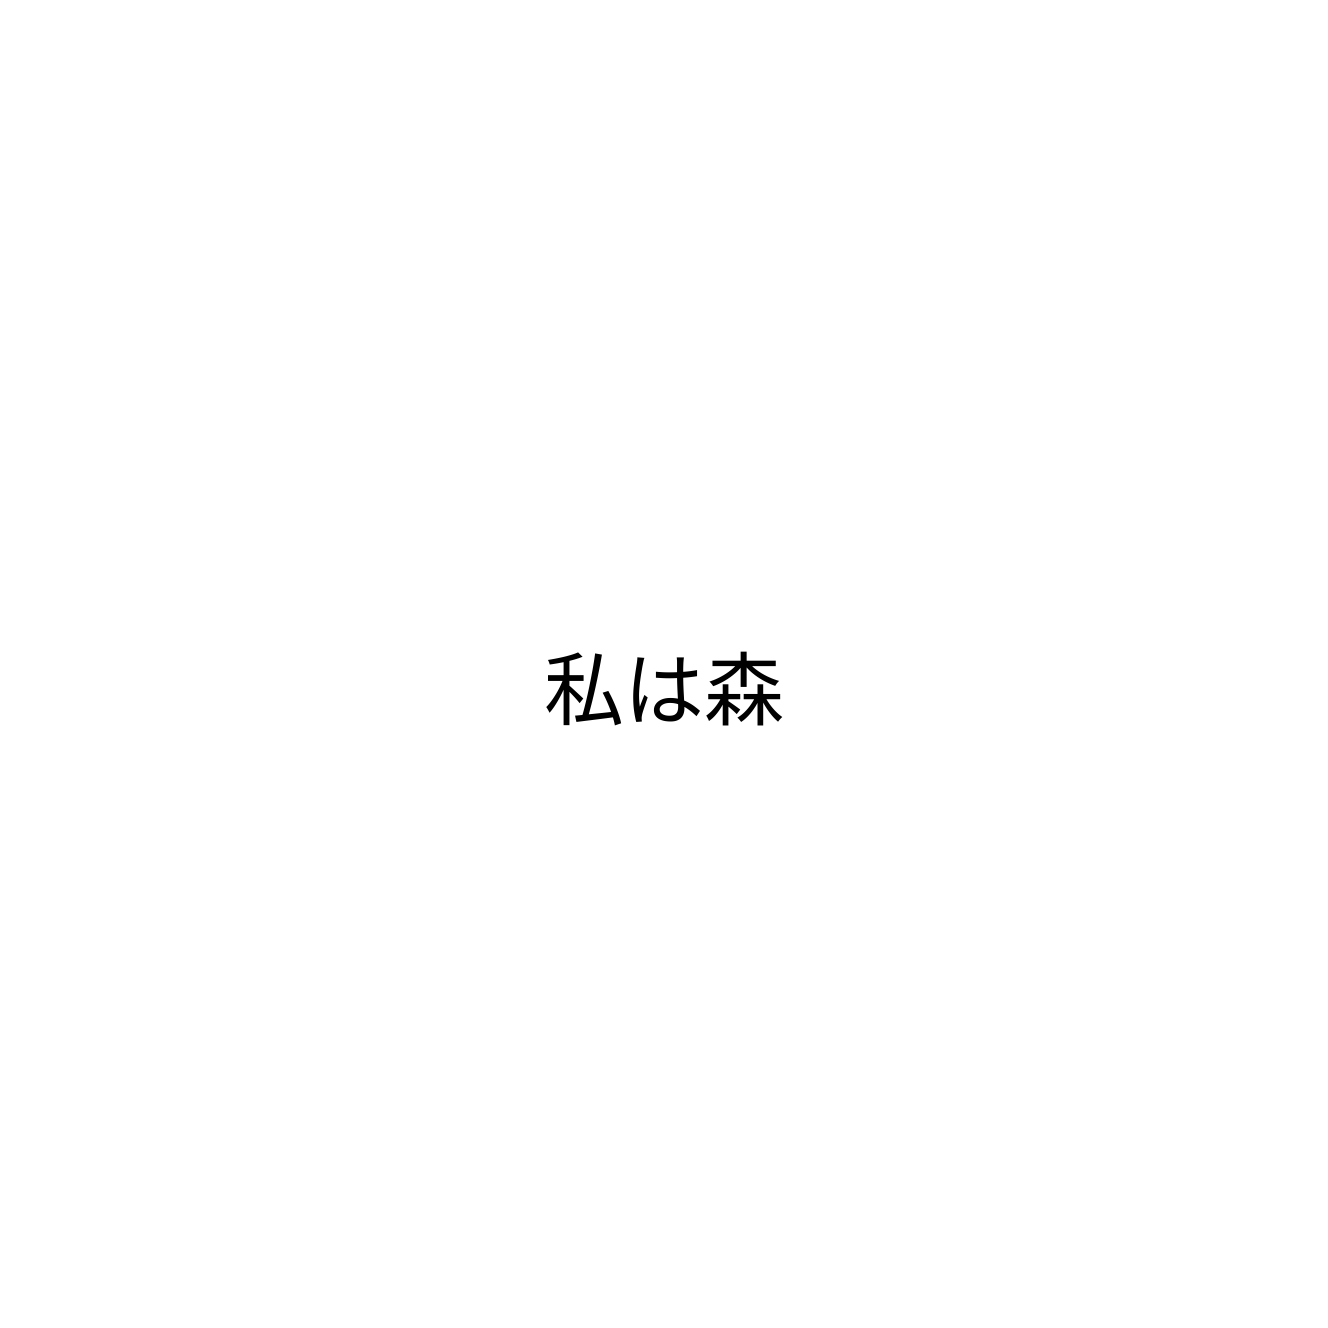
私は森